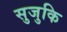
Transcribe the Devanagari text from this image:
सुजुकि